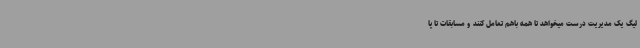
لیگ یک مدیریت درست میخواهد تا همه باهم تعامل کنند و مسابقات تا پا